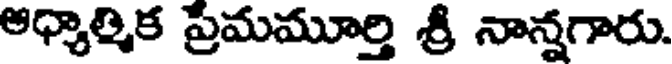
అధ్యాత్మిక ప్రమమూర్తి శ్రీ నాన్నగారు.